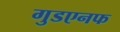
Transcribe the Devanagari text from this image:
गुडएनफ